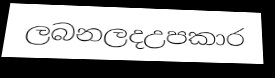
ලබනලදඋපකාර